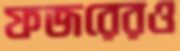
ফজরেরও